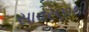
સાવરણાથી